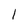
Character: l